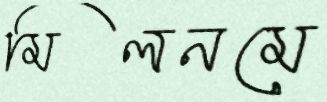
মিলনমে